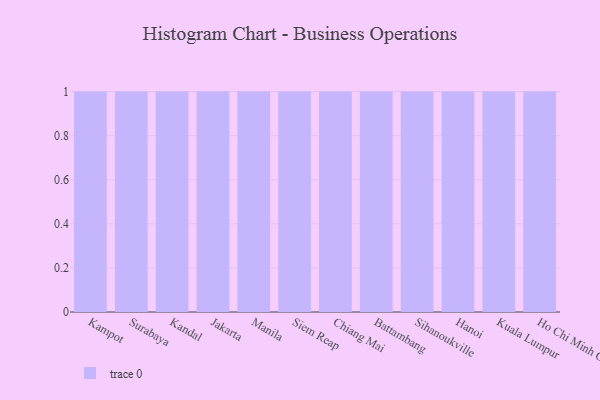
{"axis": {"x": "City", "y": "Population (Million)"}, "legend": [""], "data": [{"x": "Kampot", "y": 59, "type": ""}, {"x": "Surabaya", "y": 6, "type": ""}, {"x": "Kandal", "y": 48, "type": ""}, {"x": "Jakarta", "y": 26, "type": ""}, {"x": "Manila", "y": 7, "type": ""}, {"x": "Siem Reap", "y": 6, "type": ""}, {"x": "Chiang Mai", "y": 99, "type": ""}, {"x": "Battambang", "y": 90, "type": ""}, {"x": "Sihanoukville", "y": 57, "type": ""}, {"x": "Hanoi", "y": 63, "type": ""}, {"x": "Kuala Lumpur", "y": 11, "type": ""}, {"x": "Ho Chi Minh City", "y": 38, "type": ""}]}